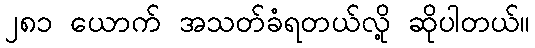
၂၈၁ ယောက် အသတ်ခံရတယ်လို့ ဆိုပါတယ်။